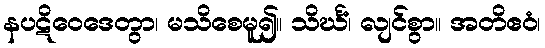
နပဋိဝေဒေတွာ၊ မသိစေမူ၍။ သိင်္ဃံ၊ လျင်စွာ။ အတိဧဝံ၊